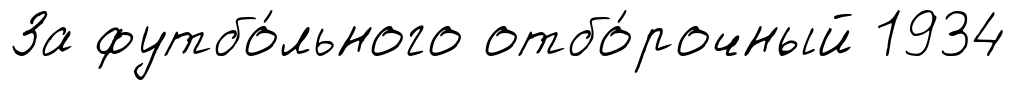
За футбо́льного отбо́рочный 1934